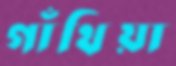
গাঁথিয়া